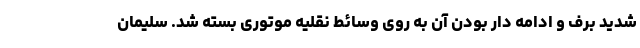
شدید برف و ادامه دار بودن آن به روی وسائط نقلیه موتوری بسته شد. سلیمان